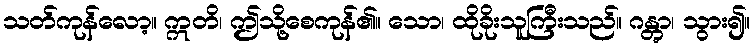
သတ်ကုန်လော့။ ဣတိ၊ ဤသို့စေကုန်၏။ သော၊ ထိုခိုးသူကြီးသည်။ ဂန္တွာ၊ သွား၍။